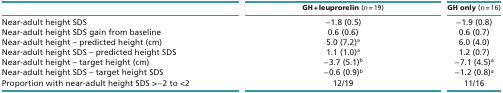
<table><thead><tr><td></td><td><b>GH + leuprorelin (<i>n</i> = 19)</b></td><td><b>GH only (<i>n</i> = 16)</b></td></tr></thead><tbody><tr><td>Near-adult height SDS</td><td>−1.8 (0.5)</td><td>−1.9 (0.8)</td></tr><tr><td>Near-adult height SDS gain from baseline</td><td>0.6 (0.6)</td><td>0.6 (0.7)</td></tr><tr><td>Near-adult height – predicted height (cm)</td><td>5.0 (7.2)<sup>a</sup></td><td>6.0 (4.0)</td></tr><tr><td>Near-adult height SDS – predicted height SDS</td><td>1.1 (1.0)<sup>a</sup></td><td>1.2 (0.7)</td></tr><tr><td>Near-adult height – target height (cm)</td><td>−3.7 (5.1)<sup>b</sup></td><td>−7.1 (4.5)<sup>a</sup></td></tr><tr><td>Near-adult height SDS – target height SDS</td><td>−0.6 (0.9)<sup>b</sup></td><td>−1.2 (0.8)<sup>a</sup></td></tr><tr><td>Proportion with near-adult height SDS &gt;−2 to &lt;2</td><td>12/19</td><td>11/16</td></tr></tbody></table>